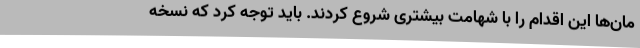
مان‌ها این اقدام را با شهامت بیشتری شروع کردند. باید توجه کرد که نسخه